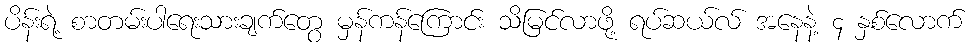
ပိန်းရဲ့ စာတမ်းပါရေးသားချက်တွေ မှန်ကန်ကြောင်း သိမြင်လာဖို့ ရပ်ဆယ်လ် အနေနဲ့ ၄ နှစ်လောက်